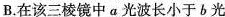
B.在该三棱镜中a光波长小于b光